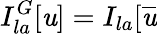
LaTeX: I_{la}^{G}[\mathit{u}]=I_{la}[\overline{{{{\mathit{u}}}}}